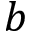
b